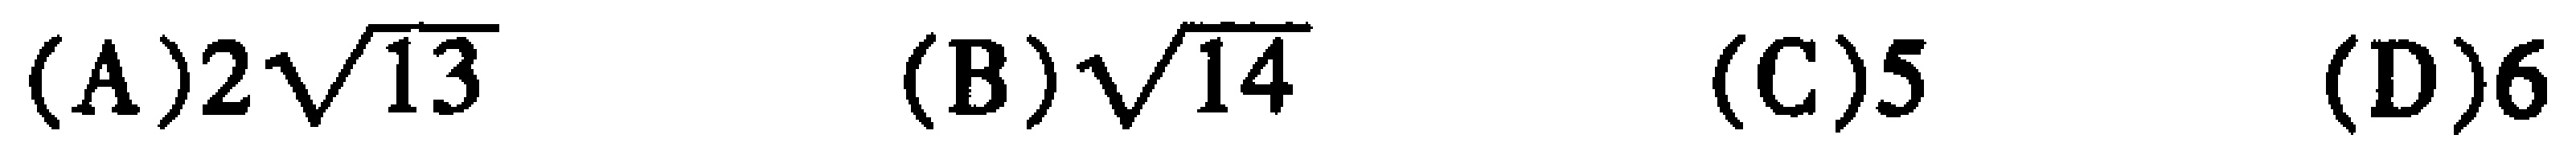
(A)$2\sqrt{13}$ (B)$\sqrt{14}$ (C)$5$ (D)$6$